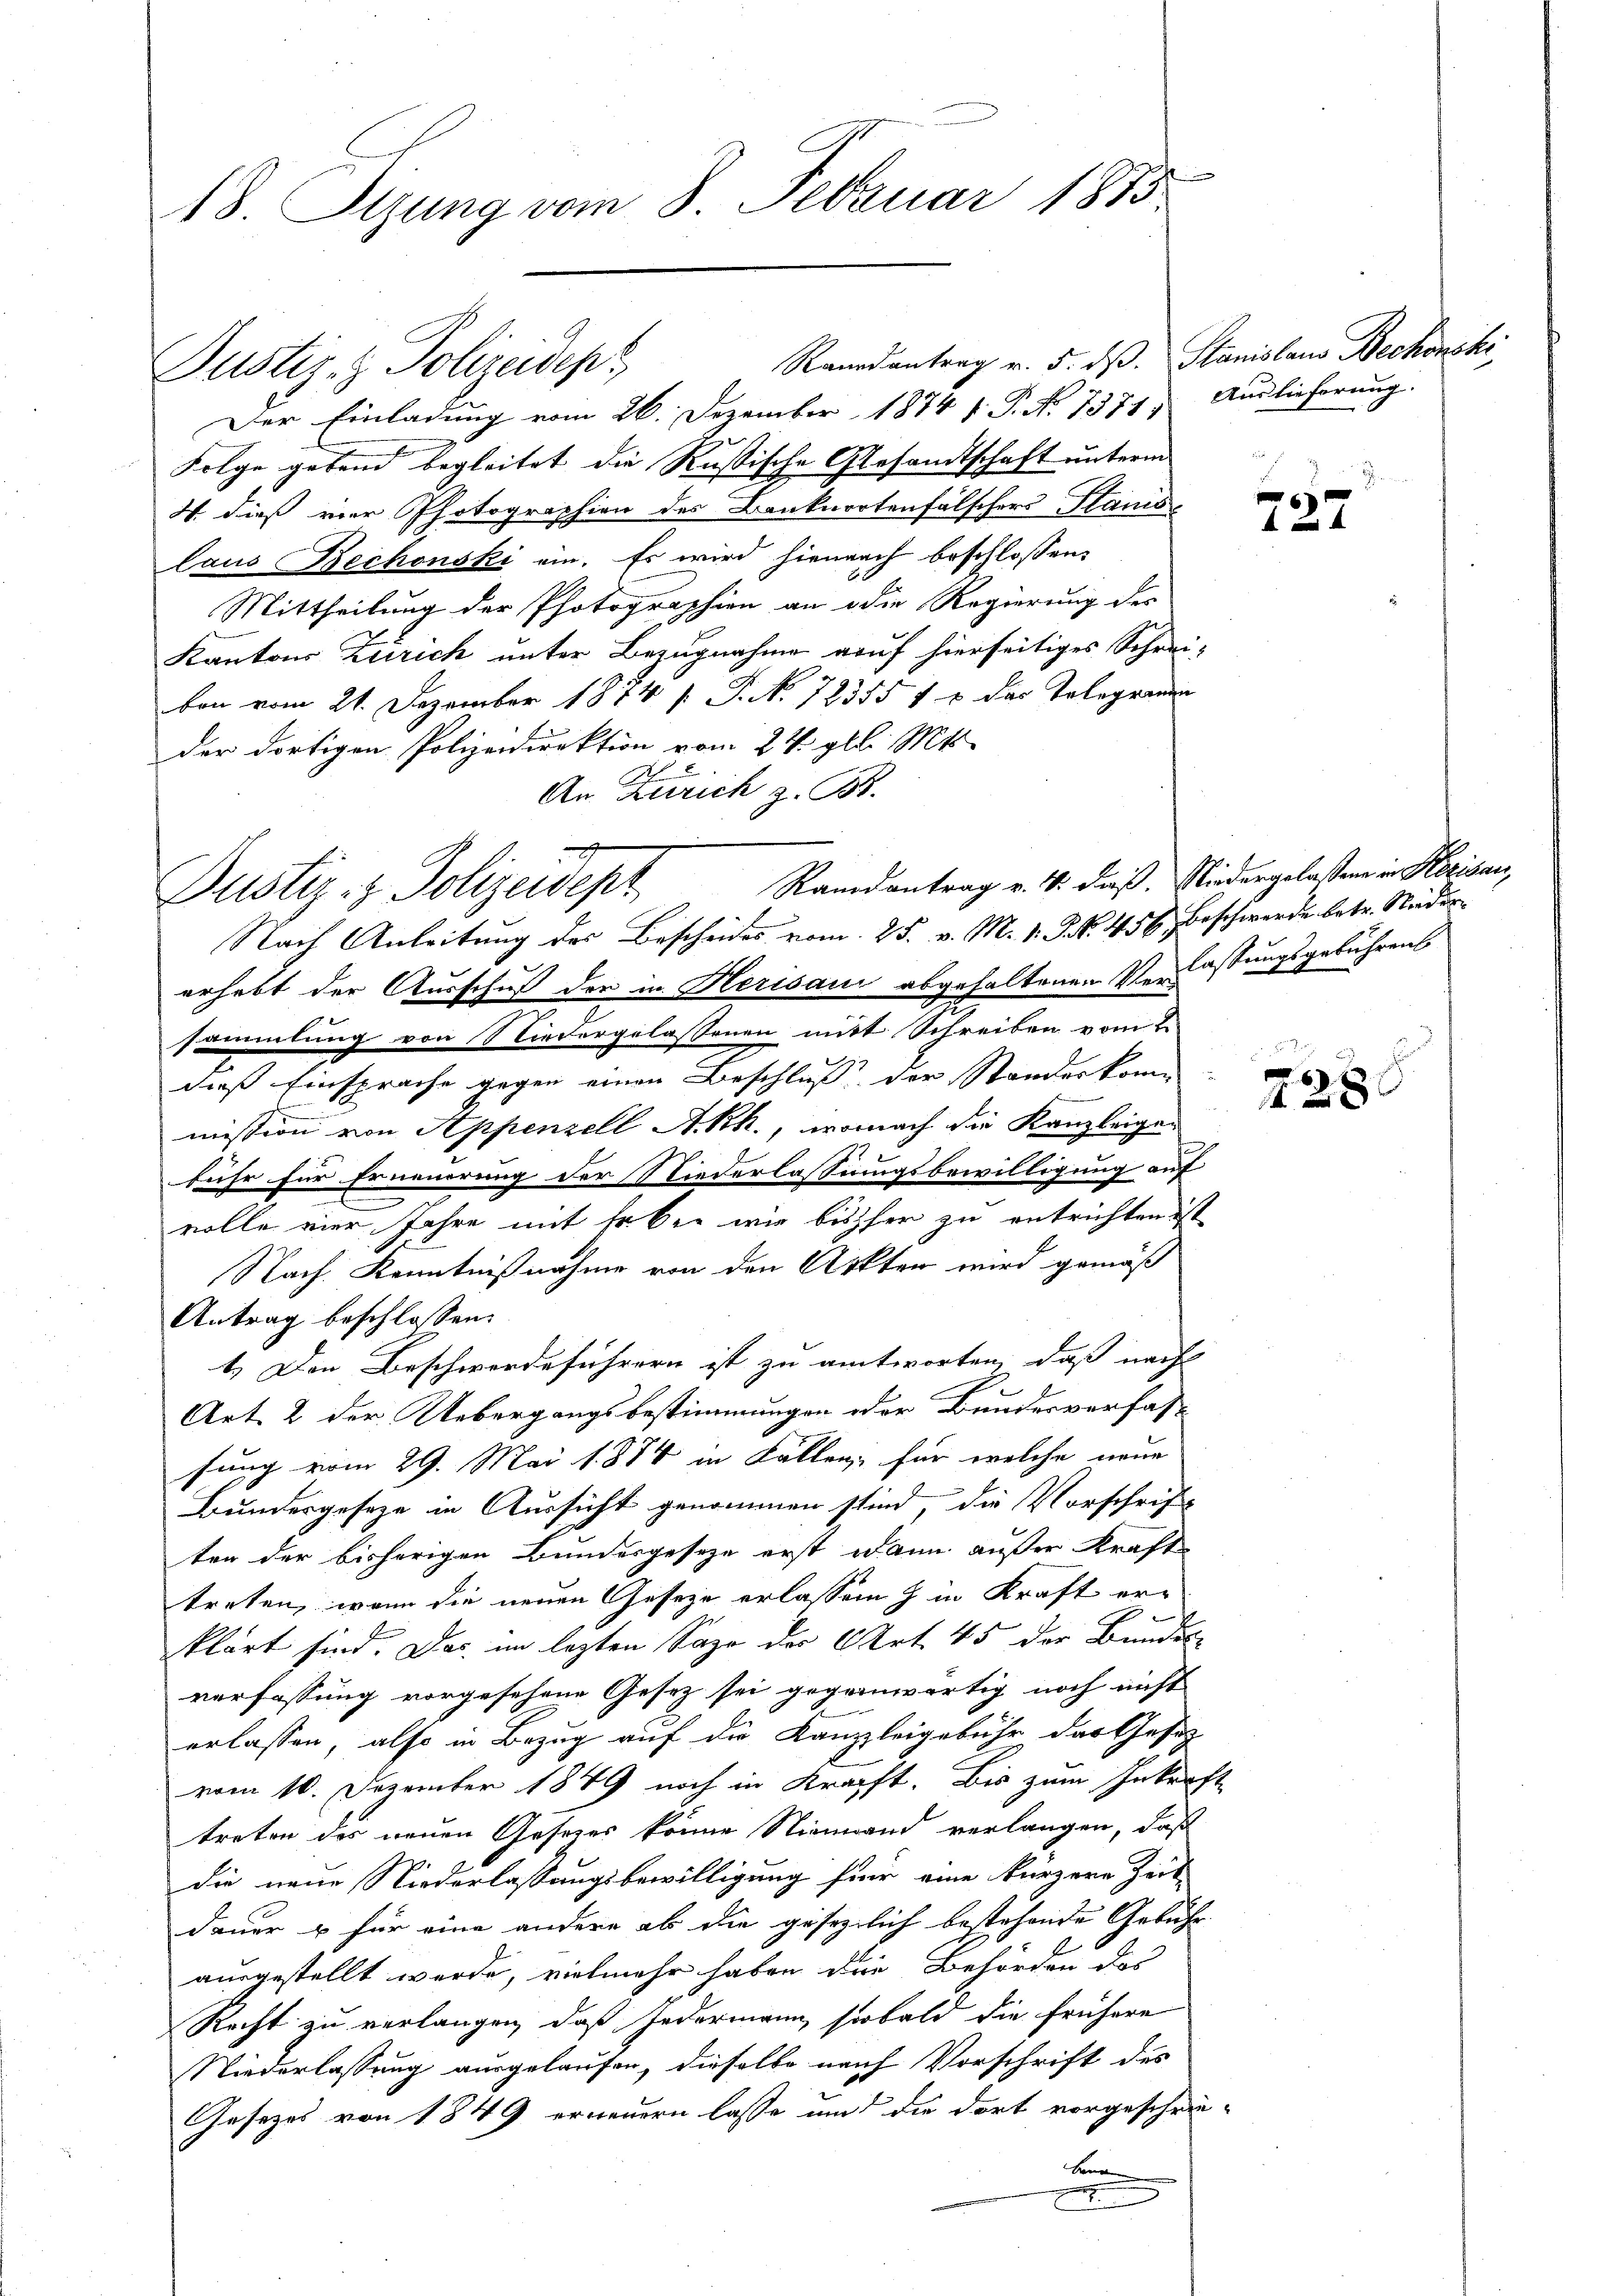
18. Sizung vom 8. Februar 1815

Der Einladung vom 26. Dezember 1874 f. P. Nr. 1371, Auslieferung.
Folge gebend begleitet die Rußische Gesandtschaft unterm
W. dieß vier Photographien des Banknortenfälschers Stanis
laus Bechenski ein. Es wird hienach beschlossen,
Mittheilung der Photographien an die Regierung der
Kantons Zürich unter Bezugnahme auf hierseitiges Schrei-
ben vom 21. Dezember 1874 [ P. No 72355 f 5 des Telegrammen
der dortigen Polizeidirektion vom 24. gl. Mts.
An Zürich z. B.
Justiz- & Polizeidept
erhebt der Ausschuß der in Herisau abgehaltenen Verlassungsgebührens
sammlung von Niedergelassenen mit Schreiben vom 2
dieß Einsprache gegen einen Beschluß der Standeskomm
mission von Appenzell A.-Rh., wonach die Kanzleigen
fuhr für Erneuerung der Niederlassungsbewilligung auf
volle vier Jahre mit Er bei wie bisher zu entrichten ist
Nach Kenntnißnahme von den Ackter wird gemäß
Antrag beschlossen:
1.) Den Beschwerdeführern ist zu antworten, daß nach |
Art. 2 der Uebergangsbestimmungen oder Bundesverfas-
fung vom 29. Mai 1884 in Fallen, für welche neue
Bundesgeseze in Aussicht genommen sind, die Vorschrift
ten der bisherigen Bundesgeseze erst dann außer Kraft
treten, wenn die neuen Geseze erlassen & in Kraft erklärt sind. Das im lezten Sage der Art. 45 der Bundes-
verfassung vorgesehene Gesetz sei gegenwärtig noch nicht
erlassen, also in Bezug auf die Kanzleigebühr das Gesitz
vom 10. Dezember 1849 noch in Kraft. Bis zum Inkraf
treten des neuen Gesezes könne Niemand verlangen, daß
die neue Niederlassungsbewilligung für eine kürzere Zeit
dauer & für eine andere ab die gesezlich bestehende Gebühr-
ausgestellt werde, vielmehr haben die Behörden des
Recht zu verlangen, daß Jedermann soo bald die frühere
Niederlassung ausgelaufen, dieselbe nach Vorschrift des
Gesezes von 1849 erneuern lasse um die dort vorgeschrie-
Bena
.
e

Justiz- & Polizeidep

Randantrag v. 4. daß Niedergelassene in Herisau,
Nach Anleitung des Bescheides vom 25. v. M. v. J. N. 456 beschwerde betr. Nieder¬

Ranndantrag v. 5. ds. Stanislaus Bechowski

.

.

f
127

6
 28